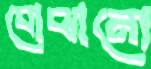
বোঝানো